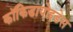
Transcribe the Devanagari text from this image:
कॉकिडायोइडेस